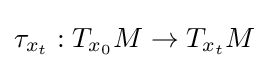
\tau _{x_{t}}:T_{x_{0}}M\to T_{x_{t}}M